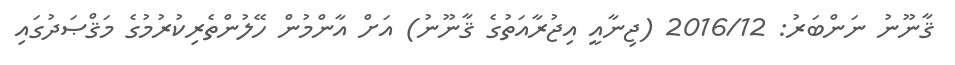
ޤާނޫނު ނަންބަރު: 2016/12 (ޖިނާއީ އިޖުރާއަތުގެ ޤާނޫނު) އަށް އާންމުން ހޭލުންތެރިކުރުމުގެ މަޤްޞަދުގައި